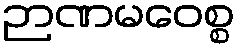
ဉာဏမဝေစ္စ